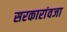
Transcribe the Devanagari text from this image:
सरकारांवजा